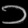
Digit: ၁